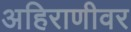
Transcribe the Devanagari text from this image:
अहिराणीवर